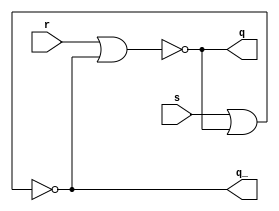
/* CSED273 lab5 experiment 2 */
/* lab5_2.v */

`timescale 1ns / 1ps

/* Implement srLatch */
module srLatch(
    input s, r,
    output q, q_
    );

    ////////////////////////
    assign q = ~(r|q_);
    assign q_ = ~(s|q);
    ////////////////////////

endmodule

/* Implement master-slave JK flip-flop with srLatch module */
module lab5_2(
    input reset_n, j, k, clk,
    output q, q_
    );

    ////////////////////////
    wire p, p_;
    
    srLatch s1(reset_n&(j&clk&q_), (k&q&clk)|~reset_n, p, p_);
    srLatch s2(p&~clk, p_&~clk, q, q_);
    ////////////////////////
    
endmodule